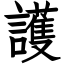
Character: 護